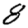
Digit: 8